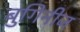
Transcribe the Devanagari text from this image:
बुगिनीज